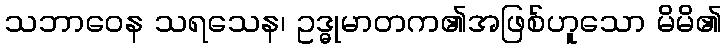
သဘာဝေန သရသေန၊ ဥဒ္ဓုမာတက၏အဖြစ်ဟူသော မိမိ၏